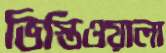
ভিস্তিওয়ালা